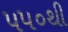
૫૫૦થી